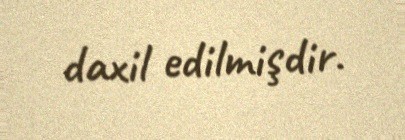
daxil edilmişdir.